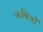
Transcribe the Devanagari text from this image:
ऋषियों